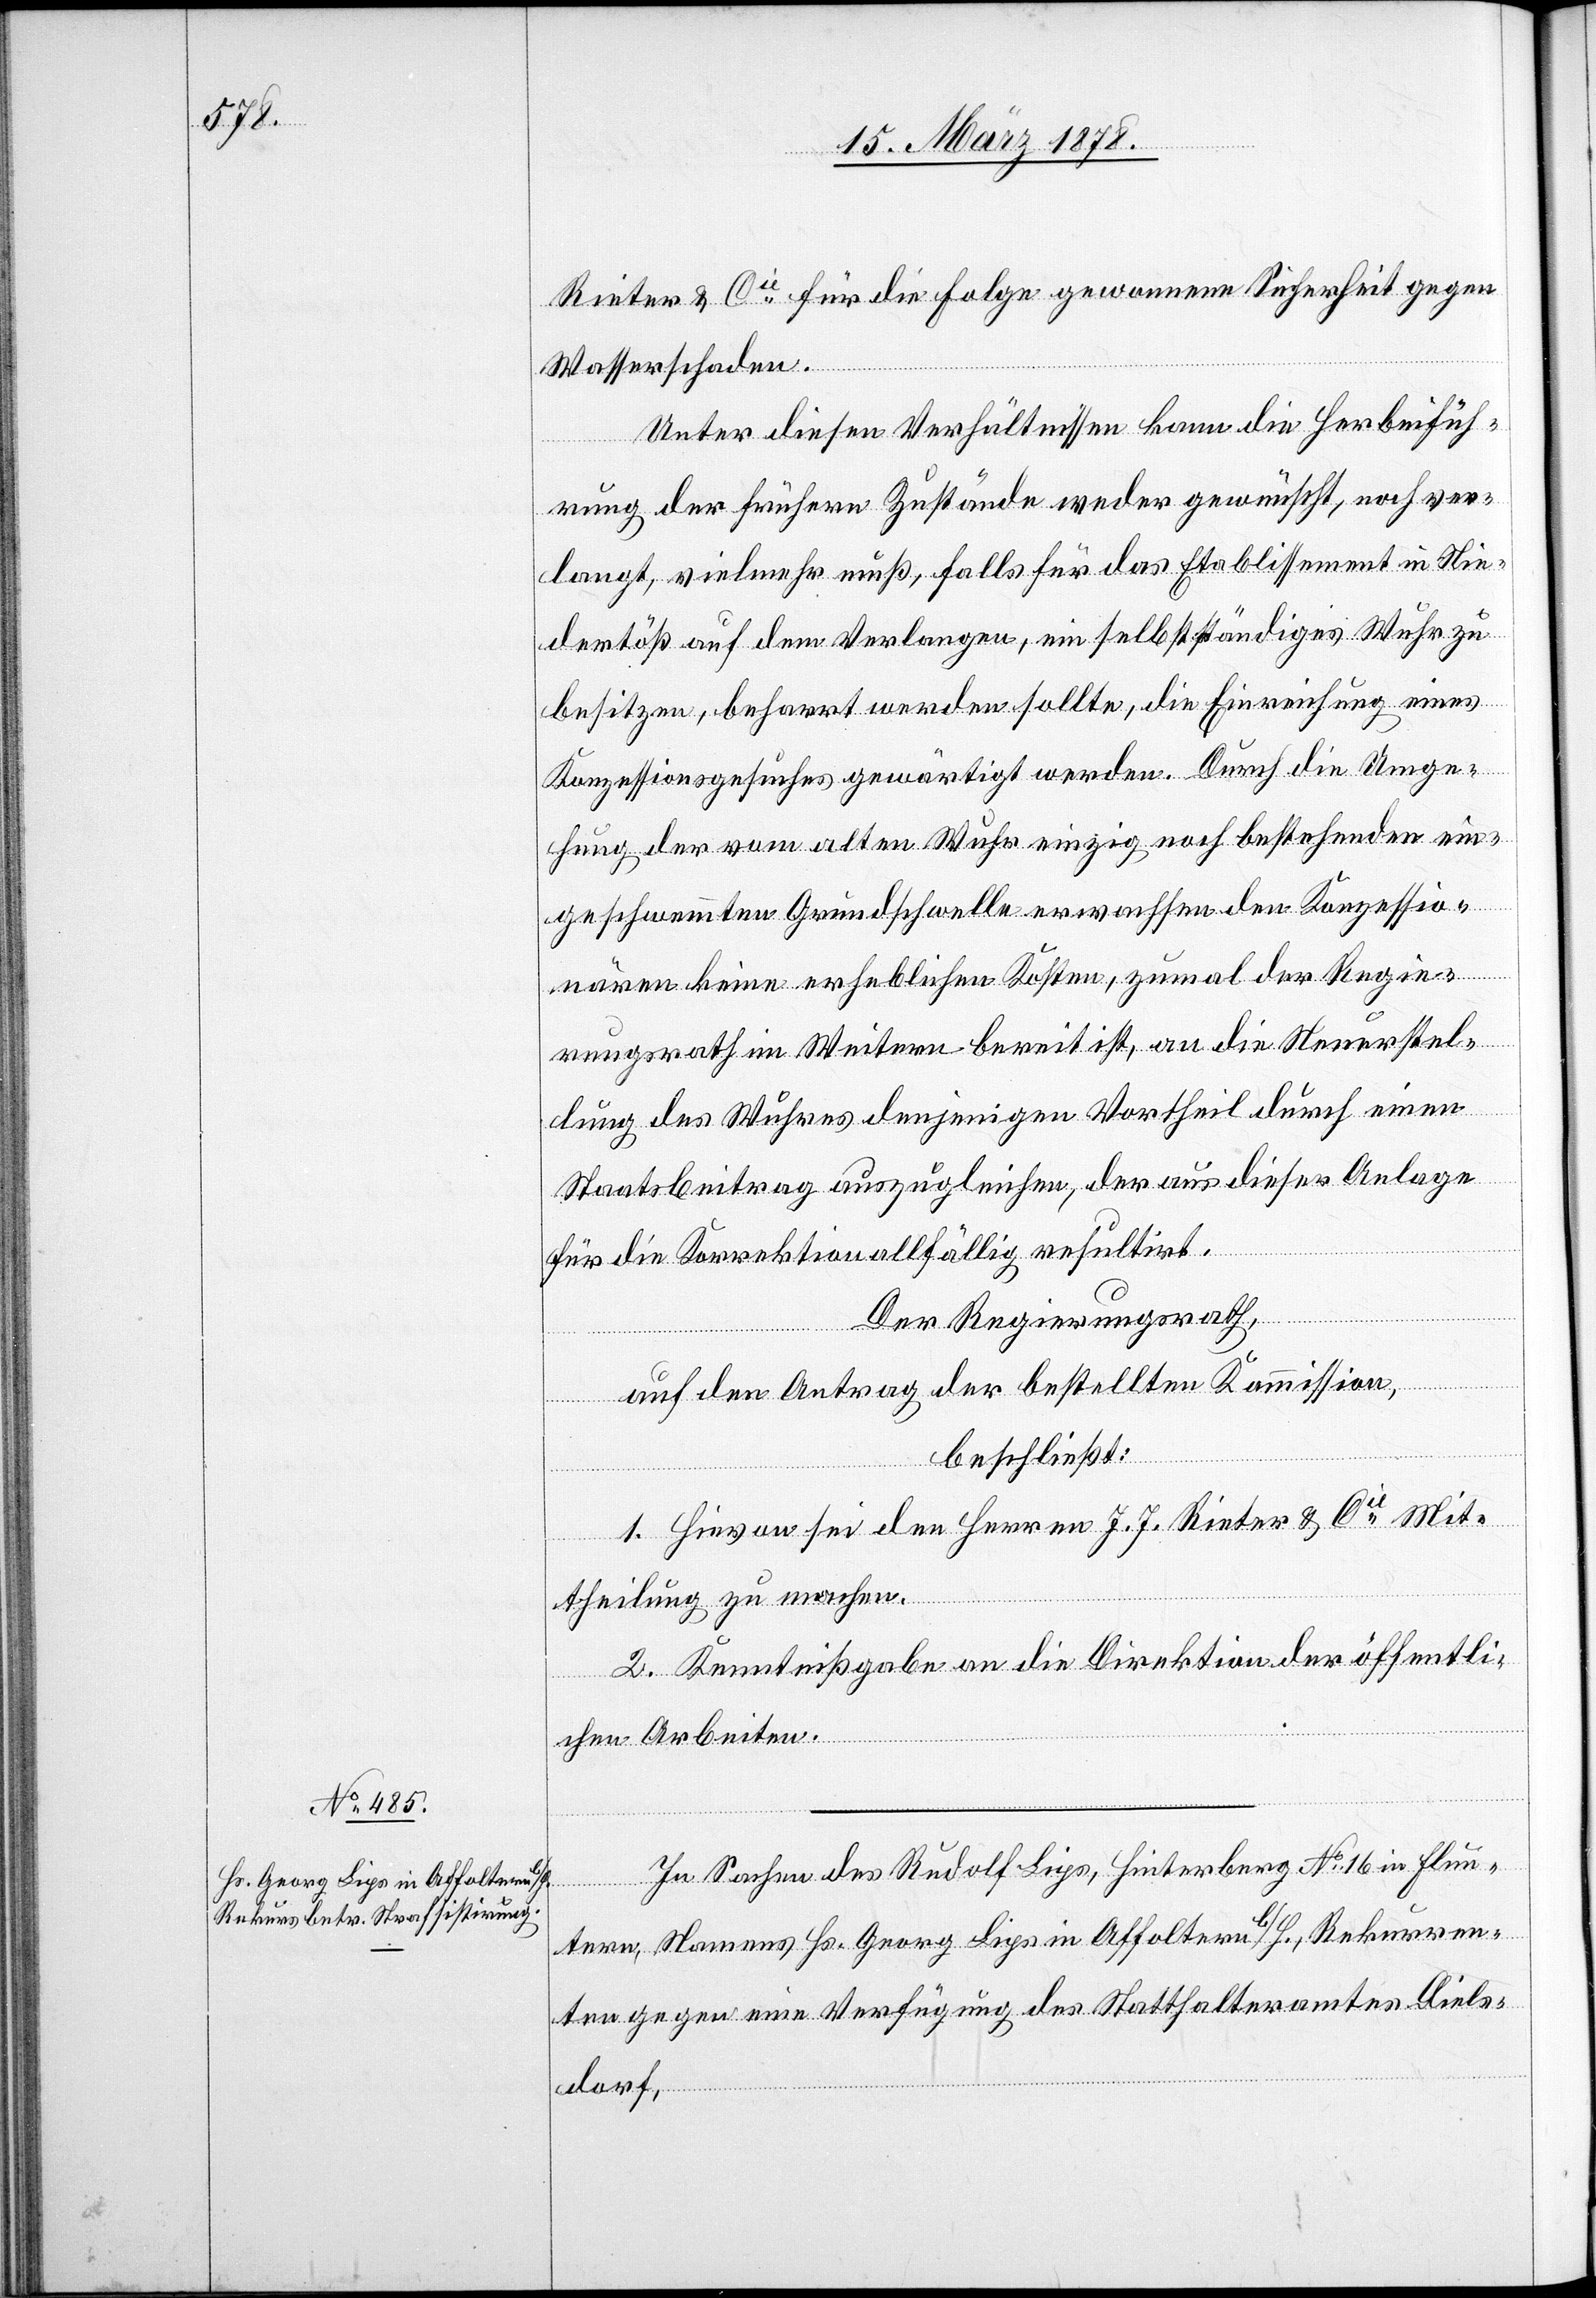
Rieter & Cie für die Folge gewonnene Sicherheit gegen
Wasserschaden.
Unter diesen Verhältnissen kann die Herbeifüh¬
rung der frühern Zustände weder gewünscht, noch ver¬
langt, vielmehr muß, falls für das Etablissement in Nie¬
dertöß auf dem Verlangen, ein selbstständiges Wuhr zu
besitzen, beharrt werden sollte, die Einreichung eines
Konzessionsgesuches gewärtigt werden. Durch die Umge¬
hung der vom alten Wuhr einzig noch bestehenden ein¬
geschwemmten Grundschwelle erwachsen den Konzessio¬
nären keine erheblichen Kosten, zumal der Regie¬
rungsrath im Weitern bereit ist, an die Neuerstel¬
lung des Wuhres denjenigen Vortheil durch einen
Staatsbeitrag auszugleichen, der aus dieser Anlage
für die Korrektion allfällig resultirt.
Der Regierungsrath,
auf den Antrag der bestellten Kommission,
beschließt:
1. Hievon sei den Herren J. J. Rieter & Cie Mit¬
theilung zu machen.
2. Kenntnißgabe an die Direktion der öffentli¬
chen Arbeiten.
In Sachen des Rudolf Lips, Hinterberg No 16 in Flun¬
tern, Namens Hs. Georg Lips in Affoltern b/H., Rekurren¬
ten gegen eine Verfügung des Statthalteramtes Diels¬
dorf,